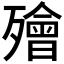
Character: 𣩮